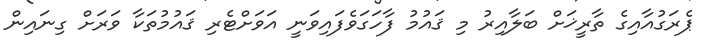
ޕެރަގުއާއިގެ ތާރީޚަށް ބަލާއިރު މި ޤައުމު ފާހަގަވެފައިވަނީ އަވަށްޓެރި ޤައުމުތަކާ ވަރަށް ގިނައިން